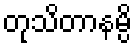
တုသိတာနမ္ပိ